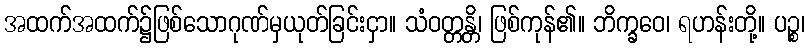
အထက်အထက်၌ဖြစ်သောဂုဏ်မှယုတ်ခြင်းငှာ။ သံဝတ္တန္တိ၊ ဖြစ်ကုန်၏။ ဘိက္ခဝေ၊ ရဟန်းတို့။ ပဉ္စ၊